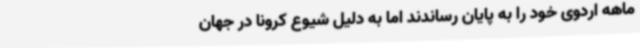
ماهه اردوی خود را به پایان رساندند اما به دلیل شیوع کرونا در جهان